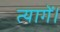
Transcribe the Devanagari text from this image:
त्यागें।